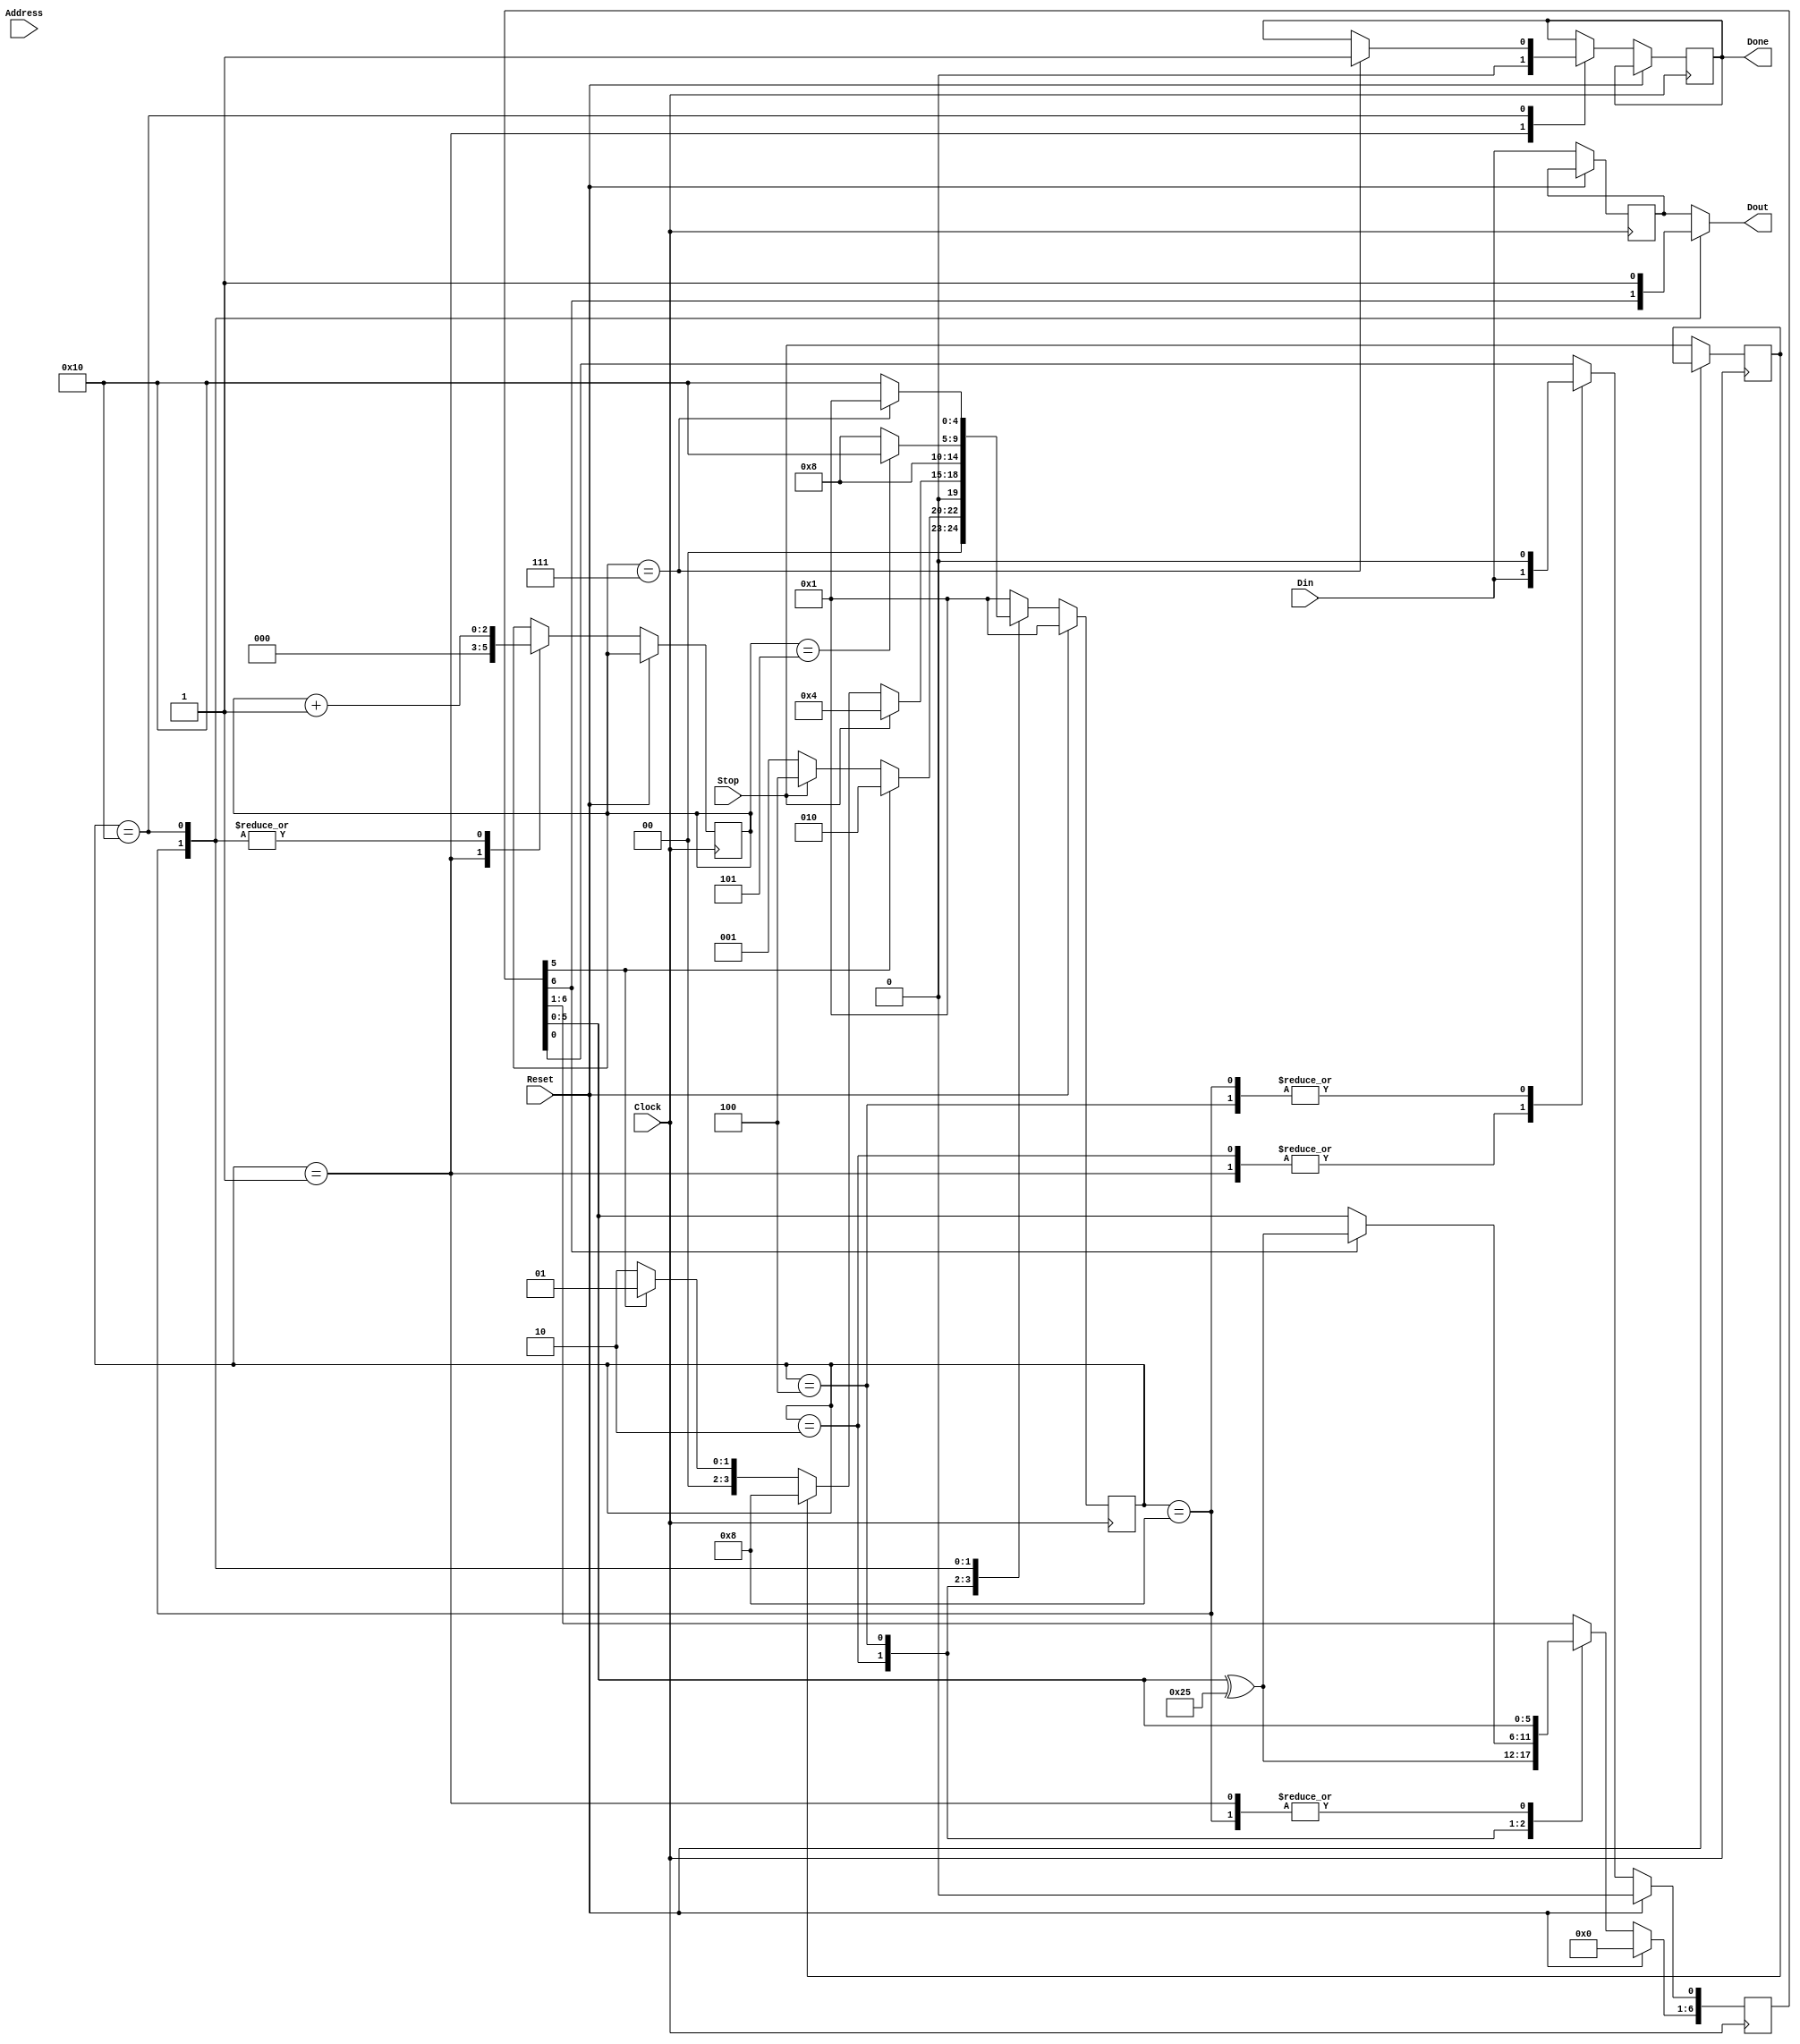
//Program to calculate a 6-bit CRC on the fly and append it to the end of a the serial data stream
//R. Johnson, 2013
//August 14, 2013:  added Address to arg list, for debug work
//September 13, 2015: add two bits to the end for AESOP
module CRC6(Dout,Done,Din,Stop,Reset,Clock,Address);
input [3:0] Address;
input Clock;
input Reset;
input Stop;       //Must go high one clock cycle before the last bit of data
input Din;        //Data stream in
output Dout;      //Data stream Din delayed by one clock, with 6-bit CRC appended to the end with no gap
output Done;      //Signals when done & ready for the next packet

reg Dout, Done;

parameter [5:0] Key= 6'b100101;   //7-bit key by which the data packet is divided is {1'b1,Key}.  The 6-bit CRC is the remainder.
reg [6:0] Rmdr;

//Definition of states for the state machine:
parameter [4:0] Wait= 5'b00001;    //Shift data into Rmdr
parameter [4:0] DXor= 5'b00010;    //Xor Key with Rmdr; result goes back into Rmdr[6:1], and next data bit goes into Rmdr[0]
parameter [4:0] Paus= 5'b00100;    //Pause one clock cycle to allow the last data bit to go out
parameter [4:0] ShOt= 5'b01000;    //Shift the CRC out
parameter [4:0] TwoB= 5'b10000;    //Send out two 1 bits to ensure that the event doesn't end with a zero byte
reg [4:0] State, NextState;

reg [2:0] Cnt;
reg Stop2;        //Set if there was a Stop on previous clock cycle
reg DDly;         //Data delayed by 1 clock cycle
//reg [23:0] DinOld;

//initial begin
//	$display("Key=%b",{1'b1,Key});
//	$display("Time    State  Din Dout   Rmdr Stop Stop2 Reset Done Cnt");
//end

//always @ (posedge Clock) begin
//	$display("%g\t %b    %b    %b  %b %b    %b    %b    %b     %d",$time,State,Din,Dout,Rmdr,Stop,Stop2,Reset,Done,Cnt);
//end

always @ (State or Stop or Din or Rmdr or Cnt or DDly or Stop2)
begin 
	case (State)
		Wait:	begin
					if (Rmdr[5] == 1'b1) NextState = DXor;
					else if (Stop) NextState = Paus;
					else NextState = Wait;
					Dout = DDly;
				end
		DXor:	begin
					if (Stop) NextState = Paus;
					else if (Stop2) begin NextState = ShOt; end
					else if (Key[5]^Rmdr[5]) NextState = DXor;
					else NextState = Wait;
					Dout = DDly;
				end
		Paus:   begin
					NextState = ShOt;
					Dout = DDly;
		        end
		ShOt:	begin
					Dout = Rmdr[6];
					if (Cnt == 5) NextState = TwoB;
					else NextState = ShOt;
				end
		TwoB:   begin
		            if (Cnt == 7) NextState = Wait;
					else NextState = TwoB;
					Dout = 1'b1;
		        end
		default: 	begin
						NextState = Wait;
						Dout = DDly;
					end
	endcase
end

always @ (posedge Clock)
begin
	if (Reset) begin
		State <= Wait;
		Rmdr <= 0;
	end else begin
		State <= NextState;
//		if (Stop) $display("%g\t CRC6 %h state %b, Stop signal received, Din=%b.",$time,Address,State,Din);
		Stop2 <= Stop;
//		DinOld <= {DinOld[22:0],Din};
		DDly <= Din;
//		if ((State != Wait || NextState != Wait) && Address == 4'd7) $display("%g\t CRC6 %d state %b: Din=%b, DinOld=%b DDly=%b, Rmdr=%b, Done=%b, Dout=%b, Cnt=%d, Stop=%b",$time,Address,State,Din,DinOld,DDly,Rmdr,Done,Dout,Cnt,Stop); 
		case (State)
			Wait:	begin
						Cnt <= 0;
						Done <= 0;
						Rmdr <= {Rmdr[5:0],Din};
					end
			DXor:	begin
						Rmdr[6:1] <= Rmdr[5:0]^Key;
						Rmdr[0] <= Din;
					end
			Paus:   begin
						if (Rmdr[6]==1'b1) begin
							Rmdr[6:1] <= Rmdr[5:0]^Key;
							Rmdr[0] <= 1'b0;
						end else Rmdr <= {Rmdr[5:0],1'b0};
					end
			ShOt:	begin
						Cnt <= Cnt + 1;
						Rmdr <= {Rmdr[5:0],1'b0};
					end
			TwoB:   begin
			            Cnt <= Cnt + 1;
						if (Cnt == 7) Done <= 1'b1;
			        end
		endcase
	end
end

endmodule